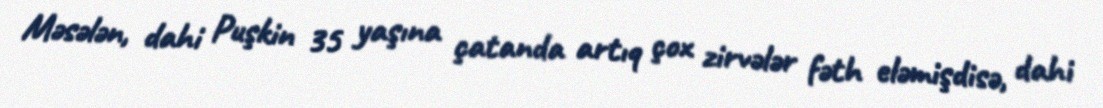
Məsələn, dahi Puşkin 35 yaşına çatanda artıq çox zirvələr fəth eləmişdisə, dahi